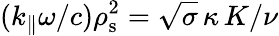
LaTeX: (k_{\| }\omega/c)\rho_{\mathrm{s}}^{2}=\sqrt{\sigma}\, \kappa\, K/\nu